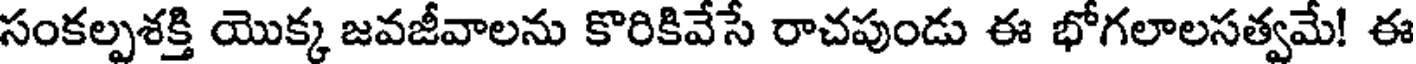
సంకల్పశక్తి యొక్క జవజీవాలను కొరికివేసే రాచపుండు ఈ భోగలాలసత్వమే! ఈ